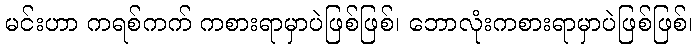
မင်းဟာ ကရစ်ကက် ကစားရာမှာပဲဖြစ်ဖြစ်၊ ဘောလုံးကစားရာမှာပဲဖြစ်ဖြစ်၊